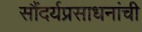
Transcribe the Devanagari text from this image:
सौंदर्यप्रसाधनांची